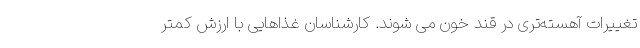
تغییرات آهسته‌تری در قند خون می شوند. کارشناسان غذاهایی با ارزش کمتر